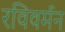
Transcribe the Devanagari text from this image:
रविवर्मन